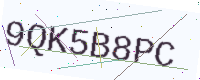
Text: 9QK5B8PC